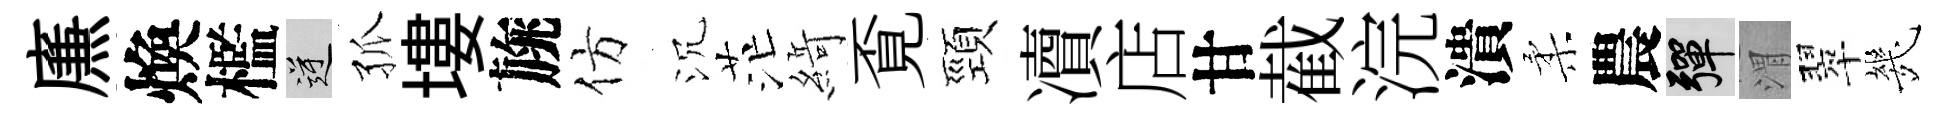
㢘煥檻逆孤塿旐仿沉茫𦂶覔頸凟店甘截浣潰柔農彈渭翠㡬